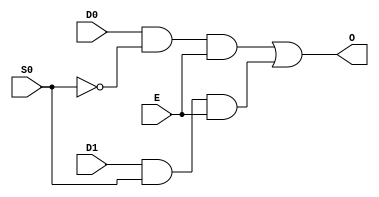
`timescale 1ns / 1ps
////////////////////////////////////////////////////////////////////////////////
// Company: 
// Engineer:
//
// Design Name:    
// Module Name:    M2_1E
// Project Name:   
// Target Device:  
// Tool versions:  
// Description:
//
// Dependencies:
// 
// Revision:
// Revision 0.01 - File Created
// Additional Comments:
// 
////////////////////////////////////////////////////////////////////////////////
module M2_1E(E, S0, D0, D1, O);
    input E;
    input S0;
    input D0;
    input D1;
    output O;

	 wire M0,M1;
	 assign M0 = D0 & ~S0 & E;
	 assign M1 = D1 & S0 & E;
	 assign O = M0 | M1;


endmodule